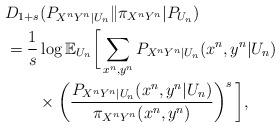
LaTeX: \begin{align*} & D_{1+s}(P_{X^{n}Y^{n}|U_{n}}\|\pi_{X^{n}Y^{n}}|P_{U_{n}}) \\ & =\frac{1}{s}\log\mathbb{E}_{U_{n}}\bigg[\sum_{x^{n},y^{n}}P_{X^{n}Y^{n}|U_{n}}(x^{n},y^{n}|U_{n}) \\ & \qquad\times\left(\frac{P_{X^{n}Y^{n}|U_{n}}(x^{n},y^{n}|U_{n})}{\pi_{X^{n}Y^{n}}(x^{n},y^{n})}\right)^{s}\bigg],\end{align*}